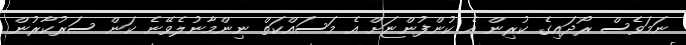
ނަމަވެސް ރޯދައިގެ ކުރިން އެ ކުންފުންޏަށް އެ މަސައްކަތް ނިންމާނުލެވޭނެ ކަން ސަރުކާރުން